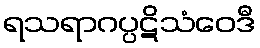
ရသရာဂပ္ပဋိသံဝေဒီ